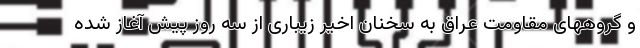
و گروههای مقاومت عراق به سخنان اخیر زیباری از سه روز پیش آغاز شده